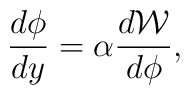
\frac{d\phi}{dy}= \alpha \frac{d{\cal W}}{d\phi},